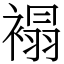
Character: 褟